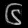
Digit: ၆